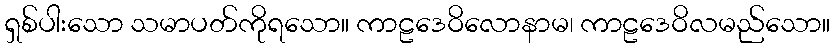
ရှစ်ပါးသော သမာပတ်ကိုရသော။ ကာဠဒေဝိလောနာမ၊ ကာဠဒေဝိလမည်သော။